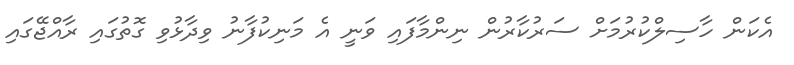
އެކަން ހާސިލްކުރުމަށް ސަރުކާރުން ނިންމާފައި ވަނީ އެ މަނިކުފާނު ވިދާޅުވި ގޮތުގައި ރާއްޖޭގައި